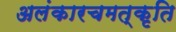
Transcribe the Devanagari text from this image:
अलंकारचमत्कृति